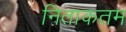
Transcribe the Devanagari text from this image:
निताकतम